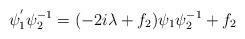
LaTeX: \begin{align*} \psi_{1}^{'} \psi_{2}^{-1} = (-2i \lambda + f_{2} ) \psi_{1} \psi^{-1}_{2} + f_{2} \end{align*}